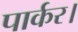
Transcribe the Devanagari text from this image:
पार्कर।